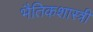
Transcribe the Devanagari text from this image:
भैतिकशास्त्री